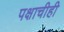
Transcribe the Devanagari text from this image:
पक्षाचीही